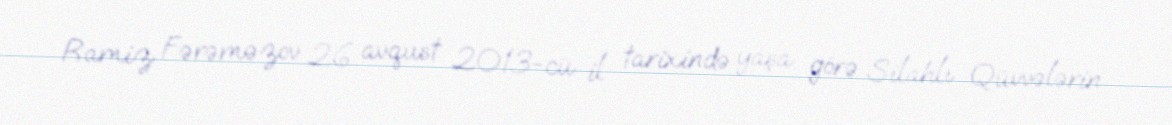
Ramiz Fərəməzov 26 avqust 2013-cü il tarixində yaşa görə Silahlı Qüvvələrin